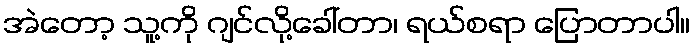
အဲတော့ သူ့ကို ဂျင်လို့ခေါ်တာ၊ ရယ်စရာ ပြောတာပါ။